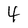
Character: 4